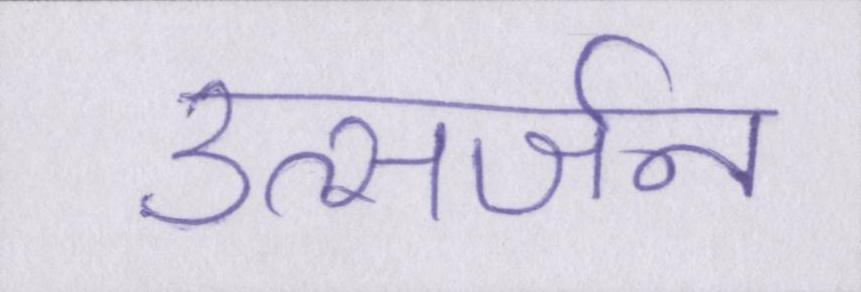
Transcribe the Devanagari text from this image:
उत्सर्जन